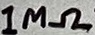
Text: 1MΩ